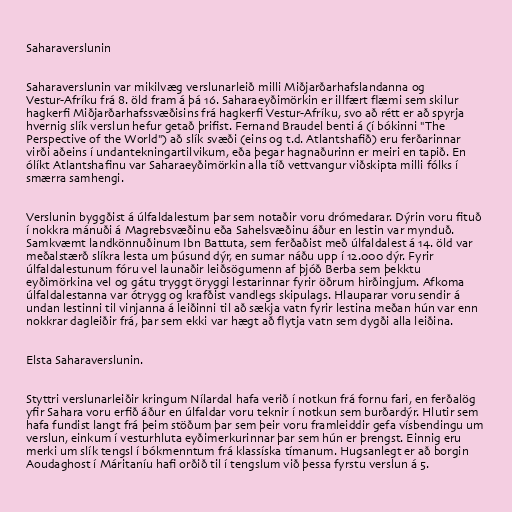
Saharaverslunin

Saharaverslunin var mikilvæg verslunarleið milli Miðjarðarhafslandanna og
Vestur-Afríku frá 8. öld fram á þá 16. Saharaeyðimörkin er illfært flæmi sem skilur
hagkerfi Miðjarðarhafssvæðisins frá hagkerfi Vestur-Afríku, svo að rétt er að spyrja
hvernig slík verslun hefur getað þrifist. Fernand Braudel benti á (í bókinni "The
Perspective of the World") að slík svæði (eins og t.d. Atlantshafið) eru ferðarinnar
virði aðeins í undantekningartilvikum, eða þegar hagnaðurinn er meiri en tapið. En
ólíkt Atlantshafinu var Saharaeyðimörkin alla tíð vettvangur viðskipta milli fólks í
smærra samhengi.

Verslunin byggðist á úlfaldalestum þar sem notaðir voru drómedarar. Dýrin voru fituð
í nokkra mánuði á Magrebsvæðinu eða Sahelsvæðinu áður en lestin var mynduð.
Samkvæmt landkönnuðinum Ibn Battuta, sem ferðaðist með úlfaldalest á 14. öld var
meðalstærð slíkra lesta um þúsund dýr, en sumar náðu upp í 12.000 dýr. Fyrir
úlfaldalestunum fóru vel launaðir leiðsögumenn af þjóð Berba sem þekktu
eyðimörkina vel og gátu tryggt öryggi lestarinnar fyrir öðrum hirðingjum. Afkoma
úlfaldalestanna var ótrygg og krafðist vandlegs skipulags. Hlauparar voru sendir á
undan lestinni til vinjanna á leiðinni til að sækja vatn fyrir lestina meðan hún var enn
nokkrar dagleiðir frá, þar sem ekki var hægt að flytja vatn sem dygði alla leiðina.

Elsta Saharaverslunin.

Styttri verslunarleiðir kringum Nílardal hafa verið í notkun frá fornu fari, en ferðalög
yfir Sahara voru erfið áður en úlfaldar voru teknir í notkun sem burðardýr. Hlutir sem
hafa fundist langt frá þeim stöðum þar sem þeir voru framleiddir gefa vísbendingu um
verslun, einkum í vesturhluta eyðimerkurinnar þar sem hún er þrengst. Einnig eru
merki um slík tengsl í bókmenntum frá klassíska tímanum. Hugsanlegt er að borgin
Aoudaghost í Máritaníu hafi orðið til í tengslum við þessa fyrstu verslun á 5.